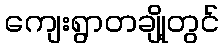
ကျေးရွာတချို့တွင်